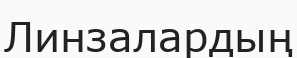
Линзалардың